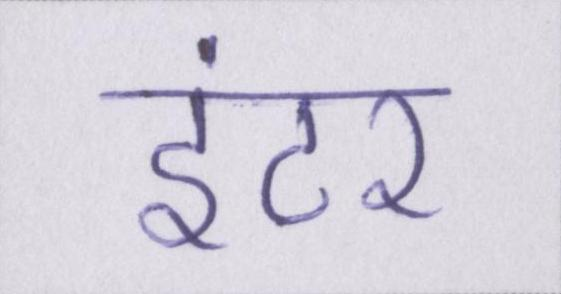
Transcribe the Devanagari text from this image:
इंटर